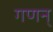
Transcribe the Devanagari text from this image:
गणन्